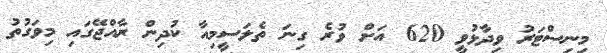
މިނިސްޓަރު ވިދާޅުވީ 620 އަށް ވުރެ ގިނަ ތެލަސީމިއާ ކުދިން ރާއްޖޭގައި މިވަގުތު